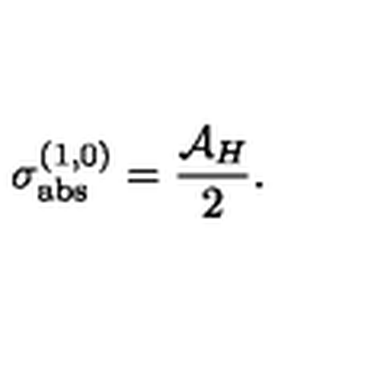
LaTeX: \sigma _ { \mathrm { a b s } } ^ { ( 1 , 0 ) } = \frac { { \cal A } _ { H } } { 2 } .